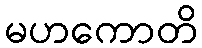
မဟကောတိ